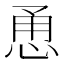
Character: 恿